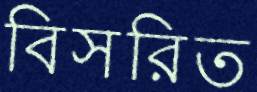
বিসরিত